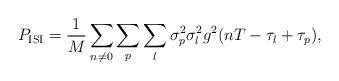
LaTeX: \begin{align*}P_{\mathrm{ISI}}=\frac{1}{M}\sum_{n\neq 0}\sum_{p}\sum_l\sigma_p^2\sigma_l^2g^2(nT-\tau_l+\tau_p),\end{align*}